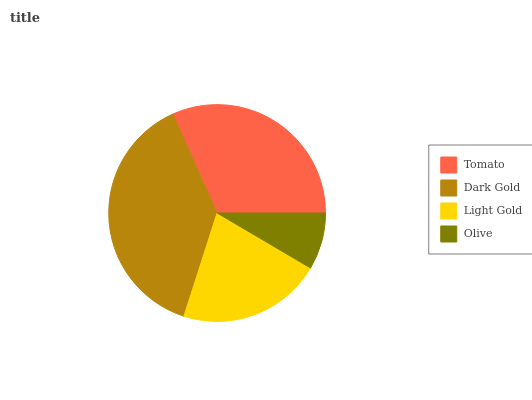
| Tomato | Dark Gold | Light Gold | Olive |
 | --- | --- | --- | --- |
 | 31.7% | 38.4% | 21.5% | 8.47% |